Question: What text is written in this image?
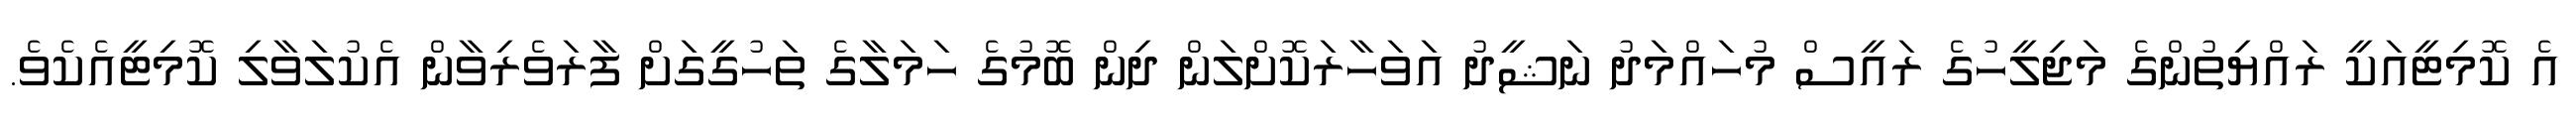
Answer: އެ ކޮމިޓީއަކީ ރައްޔިތުންގެ މަޖިލީހުގެ ރައީސް މުހައްމަދު ނަޝީދު އަވަހާރަކޮށްލަން ދިން ބޮމުގެ ހަމަލާގެ ތަހުގީގަށް ފާރަވެރިވާން އެކުލަވާލި ކޮމިޓީއެކެވެ.